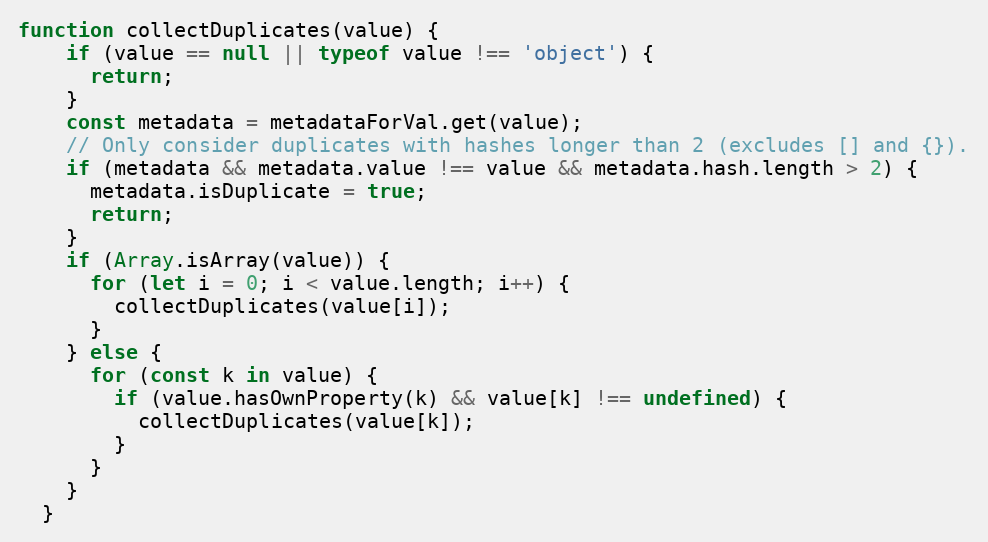
Language: JavaScript
function collectDuplicates(value) {
    if (value == null || typeof value !== 'object') {
      return;
    }
    const metadata = metadataForVal.get(value);
    // Only consider duplicates with hashes longer than 2 (excludes [] and {}).
    if (metadata && metadata.value !== value && metadata.hash.length > 2) {
      metadata.isDuplicate = true;
      return;
    }
    if (Array.isArray(value)) {
      for (let i = 0; i < value.length; i++) {
        collectDuplicates(value[i]);
      }
    } else {
      for (const k in value) {
        if (value.hasOwnProperty(k) && value[k] !== undefined) {
          collectDuplicates(value[k]);
        }
      }
    }
  }